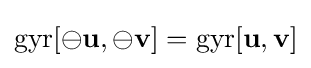
\mathrm {gyr} [\ominus \mathbf {u} ,\ominus \mathbf {v} ]=\mathrm {gyr} [\mathbf {u} ,\mathbf {v} ]